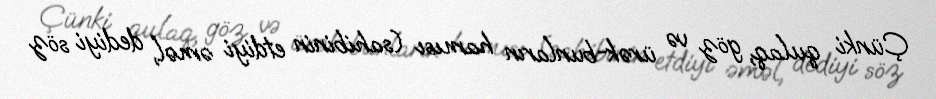
Çünki qulaq, göz və ürək-bunların hamısı (sahibinin etdiyi əməl, dediyi söz